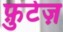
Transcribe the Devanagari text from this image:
फ़ुटेज़